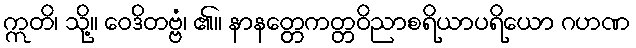
ဣတိ၊ သို့။ ဝေဒိတဗ္ဗံ၊ ၏။ နာနတ္တေကတ္တဝိညာစရိယာပရိယော ဂဟဏ